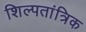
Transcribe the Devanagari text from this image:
शिल्पतांत्रिक